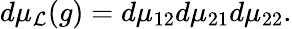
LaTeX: d\mu_{\mathcal{L}}(g)=d\mu_{12}d\mu_{21}d\mu_{22}.